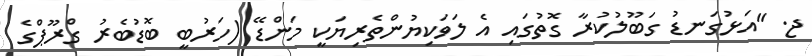
ޖ. "އަޅުގަނޑު ގަބޫލުކުރާ ގޮތުގައި އެ ލަވަކިޔުންތެރިޔަކީ މަންޑޭ (ހަރުބީ ބޮޑުބެރު ގްރޫޕްގެ